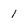
Character: 1